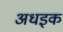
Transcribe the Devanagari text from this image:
अधइक